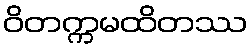
ဝိတက္ကမထိတဿ